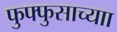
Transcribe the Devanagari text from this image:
फुफ्फुसाच्याा